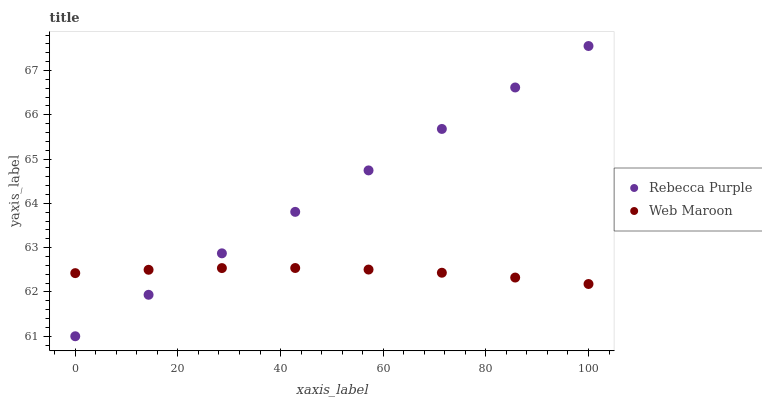
| xaxis_label | Rebecca Purple | Web Maroon |
 | --- | --- | --- |
 | 0 | 61 | 62.4 |
 | 14.3 | 61.9 | 62.5 |
 | 28.6 | 62.9 | 62.5 |
 | 42.9 | 63.8 | 62.5 |
 | 57.1 | 64.7 | 62.5 |
 | 71.4 | 65.7 | 62.4 |
 | 85.7 | 66.6 | 62.3 |
 | 100 | 67.6 | 62.2 |